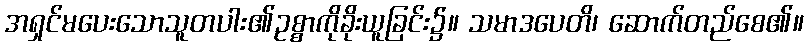
အရှင်မပေးသောသူတပါး၏ဥစ္စာကိုခိုးယူခြင်း၌။ သမာဒပေတိ၊ ဆောက်တည်စေ၏။